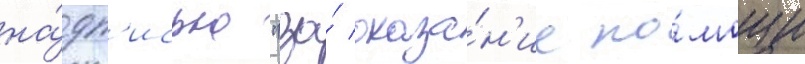
на́дп'исью "за́ оказа́н'ие по́мощи